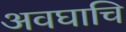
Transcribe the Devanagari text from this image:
अवघाचि